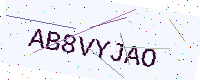
Text: AB8VYJAO